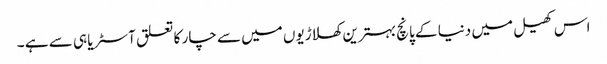
اس کھیل میں دنیا کے پانچ بہترین کھلاڑیوں میں سے چار کا تعلق آسٹریا ہی سے ہے ۔